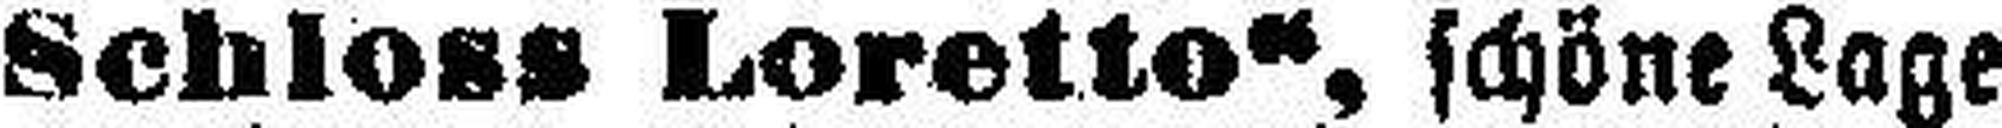
Schloss Loretto“, schöne Lage